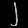
Digit: ၂